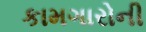
કામગારોની